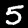
Label: 5